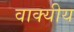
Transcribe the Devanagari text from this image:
वाक्यीय